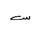
Letter: _sin